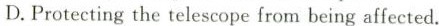
D.Frotecting the telescope from being affected.